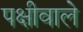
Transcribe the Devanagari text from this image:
पक्षीवाले